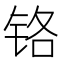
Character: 铬